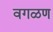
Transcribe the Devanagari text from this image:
वगळण